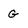
Character: G